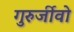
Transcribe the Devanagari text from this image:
गुरुर्जीवो